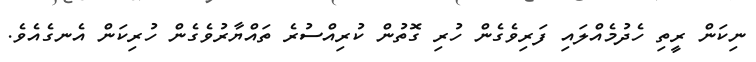
ނިކަން ރީތި ހެދުމެއްލައި ފަރިވެގެން ހުރި ގޮތުން ކުރިއްސުރެ ތައްޔާރުވެގެން ހުރިކަން އެނގެއެވެ.